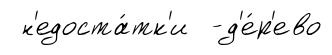
н'едоста́тк'и -д'е́р'ево